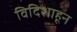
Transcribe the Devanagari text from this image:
विदिशाहून